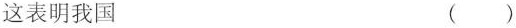
这表明我国 ( )